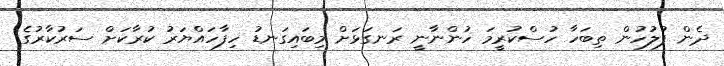
ދެން ފުލުހުން ތިބަހާ ހުސްކުރީމަ ހުންނާނީ ރަނގަޅަށް މިބައިގަނޑު ހިފާހައްޔަރު ކުރާކަށް ސަރުކާރުގެ